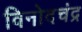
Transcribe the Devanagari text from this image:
विनोदचंद्र